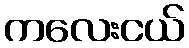
ကလေးငယ်